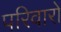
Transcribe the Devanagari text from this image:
परिवारों